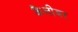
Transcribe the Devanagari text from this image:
कैलीबर